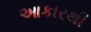
આકારથી